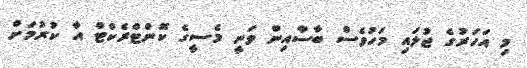
މި އަހަރުގެ ޖުލައި މަހުވެސް ބާސާއިން ވަނީ މެސީގެ ކޮންޓްރެކްޓް އާ ކުރުމަށް